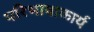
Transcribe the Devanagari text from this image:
परिभाषाकार्य